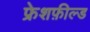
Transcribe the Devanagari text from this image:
फ्रेशफ़ील्ड